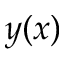
y ( x )